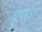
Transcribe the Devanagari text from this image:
ध्रुपदात